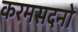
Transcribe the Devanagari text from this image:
करमसदनो